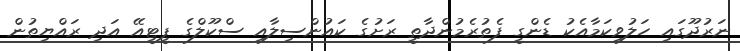
ނަރުދޫގައި ހަލުވިކަމާއެކު ޑެންގީ ފެތުރެމުންދާތީ ރަށުގެ ކައުންސިލާއި ސްކޫލްގެ ޕީޓީއޭ އަދި ރައްޔިތުން